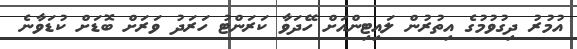
އުމުރު ދިގުވުމުގެ އިތުރުން ލައިޓިންއަށް ހޭދަވާ ކަރަންޓު ހަރަދު ވަރަށް ބޮޑަށް ކުޑަވާނެ